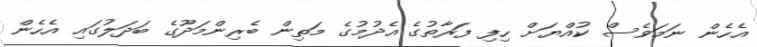
އެހެން ނަމަވެސް ކުއްޔަށް ހިފި ފަރާތުގެ އެދުމުގެ މަތިން ބެރިންމަދޫގެ ބަދަލުގައި އެހެން